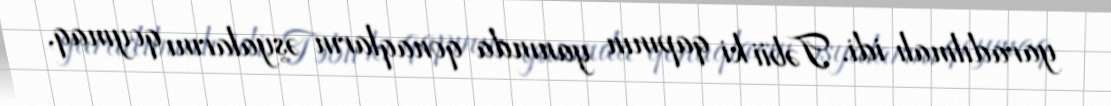
yaradılmalı idi. Təbii ki qapının yanında qonaqların əşyalarını qoymaq,